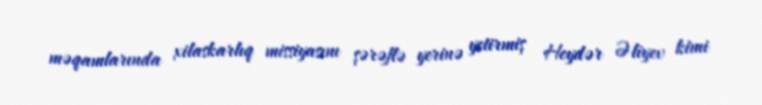
məqamlarında xilaskarlıq missiyasını şərəflə yerinə yetirmiş Heydər Əliyev kimi